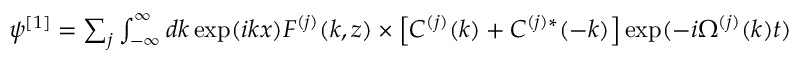
\begin{array} { r } { \psi ^ { [ 1 ] } = \sum _ { j } \int _ { - \infty } ^ { \infty } d k \exp ( i k x ) F ^ { ( j ) } ( k , z ) \times \left[ C ^ { ( j ) } ( k ) + C ^ { ( j ) * } ( - k ) \right] \exp ( - i \Omega ^ { ( j ) } ( k ) t ) } \end{array}